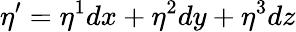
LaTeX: \eta^{\prime}=\eta^{1}dx+\eta^{2}dy+\eta^{3}dz